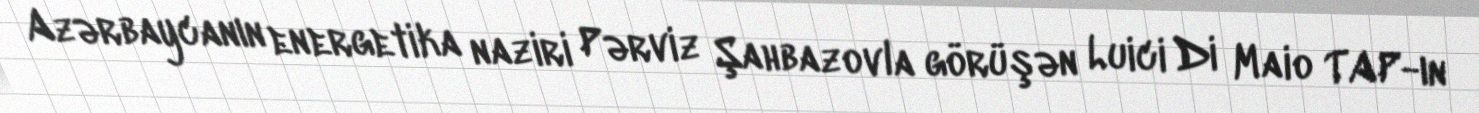
Azərbaycanın energetika naziri Pərviz Şahbazovla görüşən Luici Di Maio TAP-ın